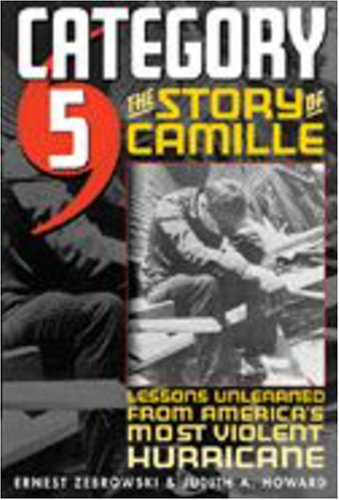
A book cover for Category 5: The Story of Camille, Lessons Unlearned from America's Most Violent Hurricane; Ernest Zebrowski; Science & Math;